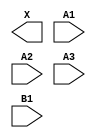
module sky130_fd_sc_hs__a31o (
    X ,
    A1,
    A2,
    A3,
    B1
);

    output X ;
    input  A1;
    input  A2;
    input  A3;
    input  B1;

    // Voltage supply signals
    supply1 VPWR;
    supply0 VGND;

endmodule